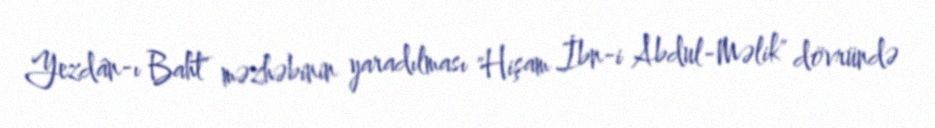
Yezdân-ı Baht" məzhəbinin yaradılması "Hişam İbn-i Abdul-Məlik" dövründə